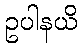
ဥပါနယိ